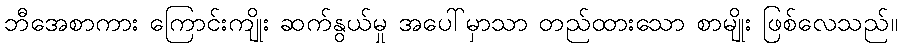
ဘီအေစာကား ကြောင်းကျိုး ဆက်နွယ်မှု အပေါ်မှာသာ တည်ထားသော စာမျိုး ဖြစ်လေသည်။